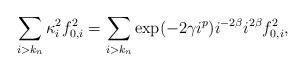
LaTeX: \begin{align*}\sum_{i > k_n} \kappa_i^2 f_{0,i}^2 = \sum_{i > k_n} \exp(-2\gamma i^p)i^{-2\beta}i^{2\beta} f_{0,i}^2,\end{align*}